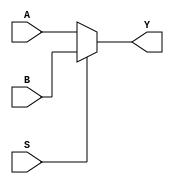
// This program was cloned from: https://github.com/Aurora2580/verilog
// License: MIT License

module MUX2_32B (A,B,S,Y);
    input [31:0] A,B;
    input S;
    output [31:0] Y;
    assign Y = (S)? B: A;
endmodule